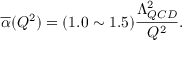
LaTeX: \overline { { { \alpha } } } ( Q ^ { 2 } ) = ( 1 . 0 \sim 1 . 5 ) { \frac { \Lambda _ { Q C D } ^ { 2 } } { Q ^ { 2 } } } .